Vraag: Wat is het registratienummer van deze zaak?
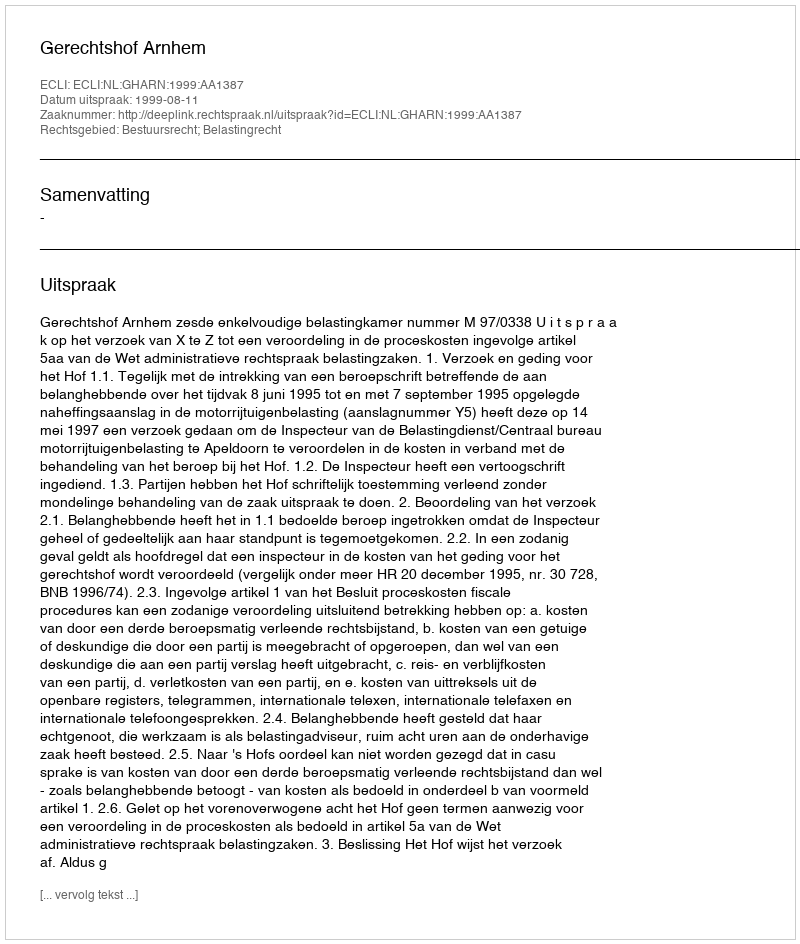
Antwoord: http://deeplink.rechtspraak.nl/uitspraak?id=ECLI:NL:GHARN:1999:AA1387